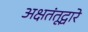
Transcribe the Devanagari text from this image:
अक्षतंतूद्वारे